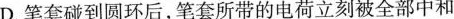
D.笔套碰到圆环后，笔套所带的电荷立刻被全部中和